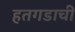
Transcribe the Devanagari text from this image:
हतगडाची